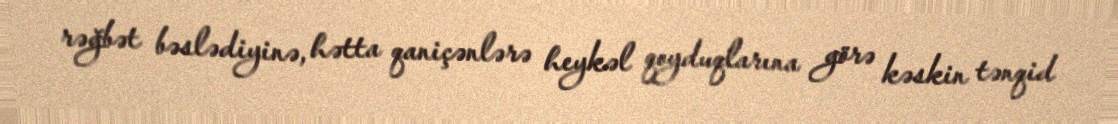
rəğbət bəslədiyinə, hətta qaniçənlərə heykəl qoyduqlarına görə kəskin tənqid